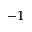
^ { - 1 }